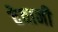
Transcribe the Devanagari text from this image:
देवानी